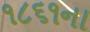
૧૮૬૧ના